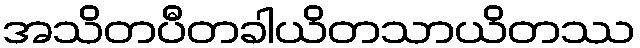
အသိတပီတခါယိတသာယိတဿ